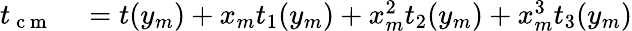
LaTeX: \begin{array}{rl}{t_{\mathrm{~c~m~}}}&{{}=t(y_{m})+x_{m}t_{1}(y_{m})+x_{m}^{2}t_{2}(y_{m})+x_{m}^{3}t_{3}(y_{m})}\end{array}